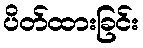
ပိတ်ထားခြင်း